Vaccination in Bombay 1913-1923 - 1913-1923
Year: 1913
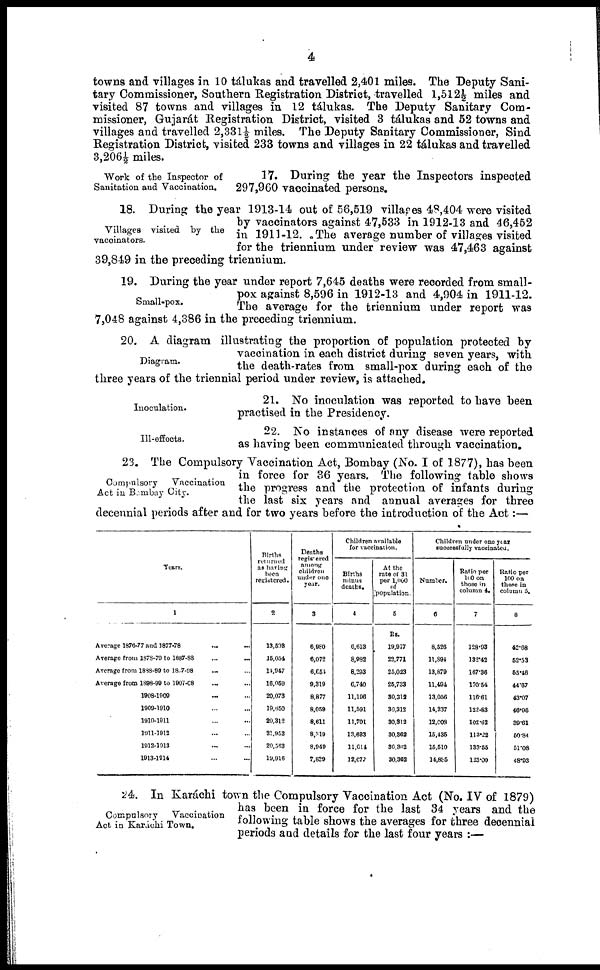
4
towns and villages in 10 tálukas and travelled 2,401 miles. The Deputy Sani-
tary Commissioner, Southern Registration District, travelled 1,512½ miles and
visited 87 towns and villages in 12 tálukas. The Deputy Sanitary Com-
missioner, Gujarát Registration District, visited 3 tálukas and 52 towns and
villages and travelled 2,331½ miles. The Deputy Sanitary Commissioner, Sind
Registration District, visited 233 towns and villages in 22 tálukas and travelled
3,206½ miles.
Work of the Inspector of
Sanitation and Vaccination.
17. During the year the Inspectors inspected
297,960 vaccinated persons.
Villages visited by the
vaccinators.
18. During the year 1913-14 out of 56,519 villages 48,404 were visited
by vaccinators against 47,533 in 1912-13 and 46,452
in 1911-12. The average number of villages visited
for the triennium under review was 47,463 against
39,849 in the preceding triennium.
Small-pox.
19. During the year under report 7,645 deaths were recorded from small-
pox against 8,596 in 1912-13 and 4,904 in 1911-12.
The average for the triennium under report was
7,048 against 4,386 in the preceding triennium.
Diagram.
20. A diagram illustrating the proportion of population protected by
vaccination in each district during seven years, with
the death-rates from small-pox during each of the
three years of the triennial period under review, is attached.
Inoculation.
21. No inoculation was reported to have been
practised in the Presidency.
Ill-effects.
22. No instances of any disease were reported
as having been communicated through vaccination.
Compulsory
Vaccination
Act in Bombay City.
23. The Compulsory Vaccination Act, Bombay (No. I of 1877), has been
in force for 36 years. The following table shows
the progress and the protection of infants during
the last six years and annual averages for three
decennial periods after and for two years before the introduction of the Act:—
Years.
1
Average 1876-77 and 1877-78 ... ...
Average from 1878-70 to 1887-88 ... ...
Average from 1888-89 to 1897-98 ... ...
Average from 1898-99 to 1907-08 ... ...
1908-1909 ... ...
1909-1910 ... ...
1910-1911 ... ...
1911-1912 ... ...
1912-1913 ... ...
1913-1914 ... ...
Births
returned
as having
been
registered.
2
13,593
15,054
14,947
16,059
20,073
19,650
20,312
21,952
20,563
19,916
Deaths
registered
among
children
under one
year.
3
6,980
6,072
6,654
9,319
8,877
8,059
8,611
8,319
8,949
7,839
Children available
for vaccination.
Births
minus
deaths.
4
6,613
8,982
8,293
6,740
11,196
11,591
11,701
13,633
11,614
12,077
At the
rate of 31
per 1,000
of
population.
5
Rs.
19,977
22,771
25,023
25,733
30,312
30,312
30,312
30,362
30,362
30,362
Children under one year
successfully vaccinated.
Number.
6
8,526
11,894
13,879
11,494
13,056
14,237
12,003
15,435
15,510
14,855
Ratio per
100 on
those in
column 4.
7
128.93
132.42
167.36
170.54
116·61
122.83
102.62
113.22
133.55
123.00
Ratio per
100 on
those in
column 5.
8
42.68
52·53
55.46
44·67
43.07
46.96
39.61
50.84
51.08
48.93
Compulsory
Vaccination
Act in Karáchi Town.
24. In Karáchi town the Compulsory Vaccination Act (No. IV of 1879)
has been in force for the last 34 years and the
following table shows the averages for three decennial
periods and details for the last four years :—